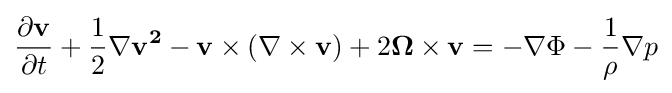
{\frac {\partial \mathbf {v} }{\partial t}}+{\frac {1}{2}}\nabla \mathbf {v^{2}} -\mathbf {v} \times (\nabla \times \mathbf {v} )+2\mathbf {\Omega } \times \mathbf {v} =-\nabla \Phi -{\frac {1}{\rho }}\nabla p